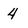
Character: 4